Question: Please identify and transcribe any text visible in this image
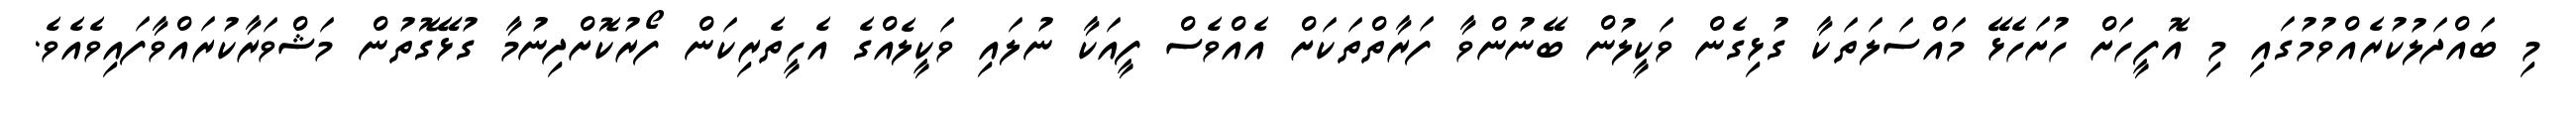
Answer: މި ބައްދަލުކުރެއްވުމުގައި މި އޮފީހަށް ހުށަހެޅޭ މައްސަލަތަކާ ގުޅިގެން ވަކީލުން ބޭނުންވާ ފަރާތްތަކަށް އެއްވެސް ފީއަކާ ނުލައި ވަކީލެއްގެ އެހީތެރިކަން ފޯރުކޮށްދިނުމާ ގުޅޭގޮތުން މަޝްވަރާކުރައްވާފައިވެއެވެ.